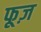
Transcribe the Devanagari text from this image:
फूज़